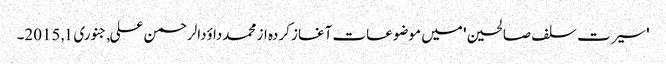
'سیرت سلف صالحین' میں موضوعات آغاز کردہ از محمدداؤدالرحمن علی, ‏جنوری 1, 2015۔